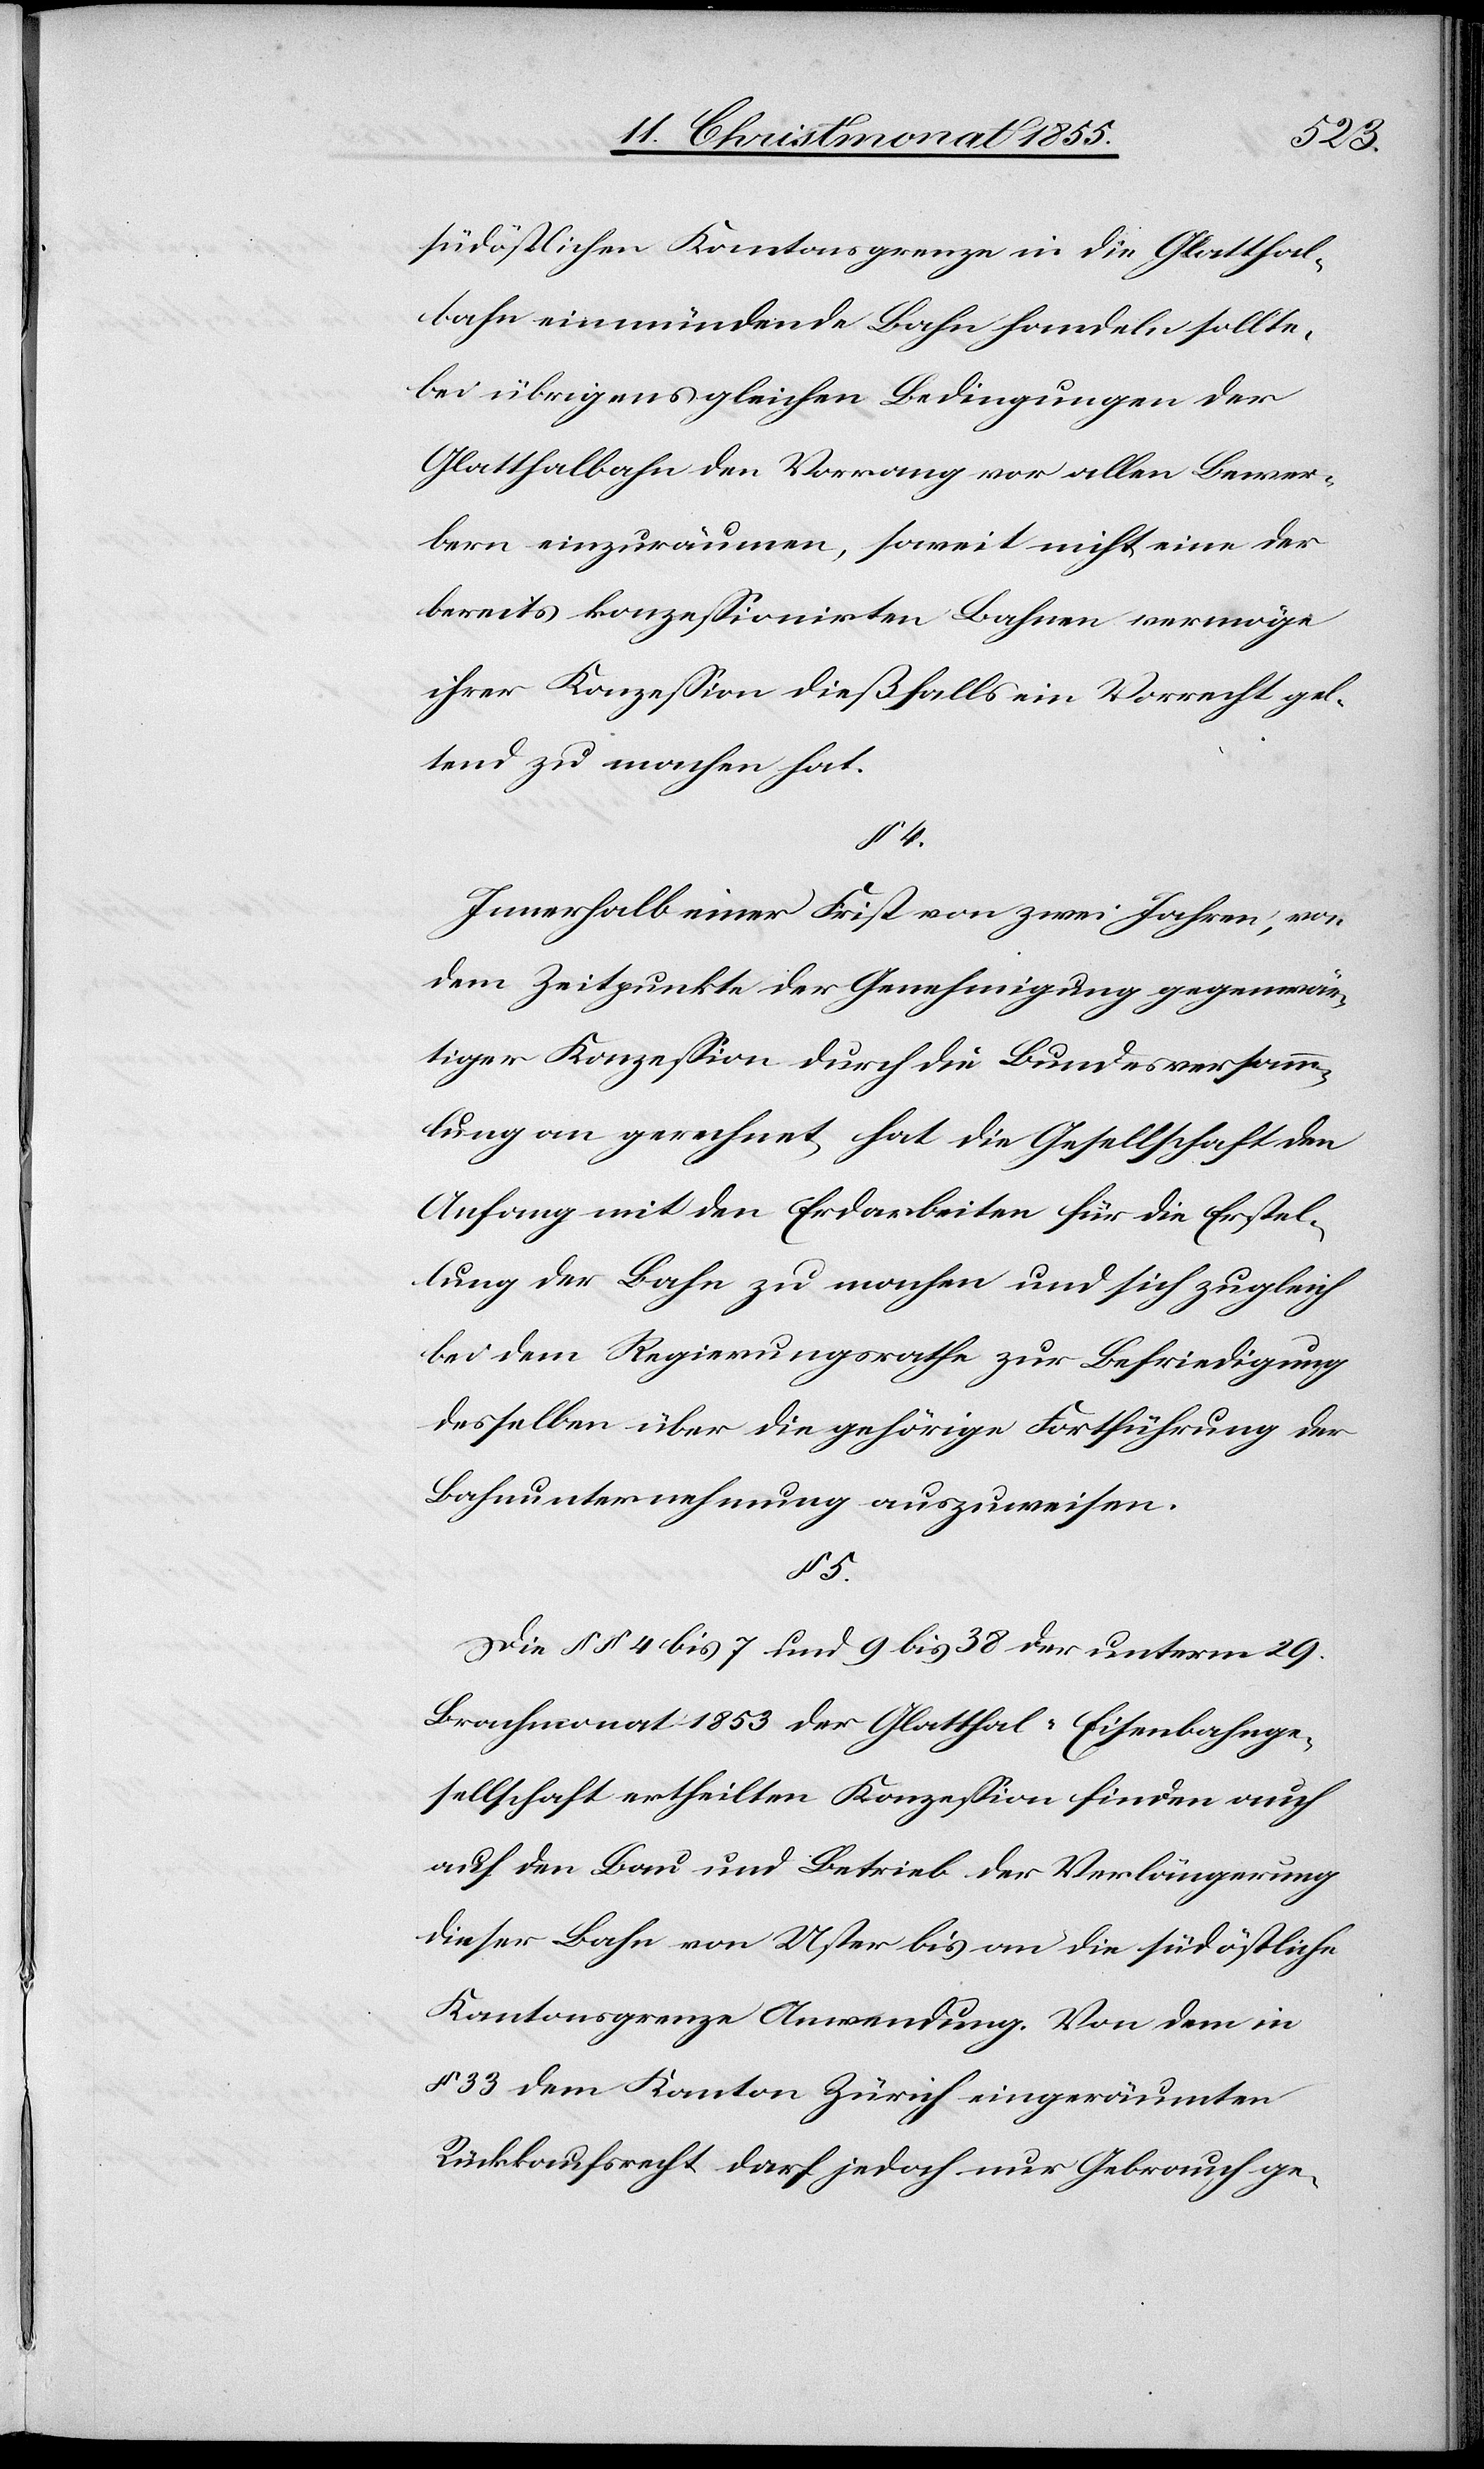
südöstlichen Kantonsgrenze in die Glatthal¬
bahn einmündende Bahn handeln sollte,
bei übrigens gleichen Bedingungen der
Glatthalbahn den Vorrang vor allen Bewer¬
bern einzuräumen, soweit nicht eine der
bereits konzessionirten Bahnen vermöge
ihrer Konzession dießfalls ein Vorrecht gel¬
tend zu machen hat.
§ 4.
Innerhalb einer Frist von zwei Jahren, von
dem Zeitpunkte der Genehmigung gegenwär¬
tiger Konzession durch die Bundesversamm¬
lung an gerechnet, hat die Gesellschaft den
Anfang mit den Erdarbeiten für die Erstel¬
lung der Bahn zu machen und sich zugleich
bei dem Regierungsrathe zur Befriedigung
desselben über die gehörige Fortführung der
Bahnunternehmung auszuweisen.
§ 5.
Die §§ 4 bis 7 und 9 bis 38 der unterm 29.
Brachmonat 1853 der Glatthal-Eisenbahnge¬
sellschaft ertheilten Konzession finden auch
auf den Bau und Betrieb der Verlängerung
dieser Bahn von Uster bis an die südöstliche
Kantonsgrenze Anwendung. Von dem in
§ 33 dem Kanton Zürich eingeräumten
Rückkaufsrecht darf jedoch nur Gebrauch ge-